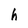
Character: h